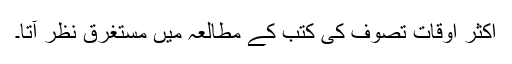
اکثر اوقات تصوف کی کتب کے مطالعہ میں مستغرق نظر آتا۔